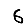
Digit: 6